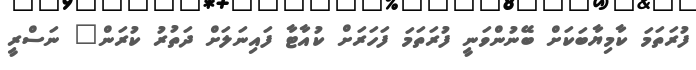
ފުރަތަމަ ކާމިޔާބަކަށް ބޭނުންވަނީ ފުރަތަމަ ފަހަރަށް ކުއާޓާ ފައިނަލަށް ދަތުރު ކުރަން" ނަސްރީ